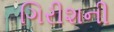
ગિરીશની